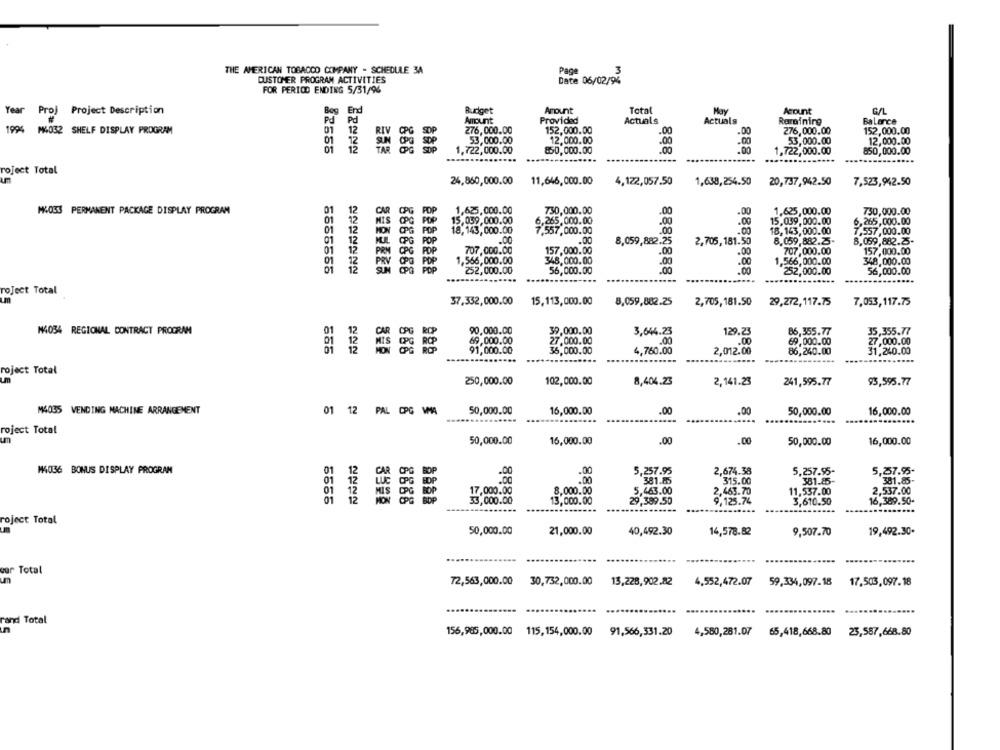
THE AMERICAN TOBACCO COMPANY - SCHEDULE 34
Page
.3
CUSTOMER PROGRAM ACTIVITIES
Date 06/02/94
FOR PERIOD ENDING 5/31/96
Year
Proj Project Description
Bog End
Budget
Amount
Total
Amount
Amount
Provided
Actuals
Actuals
Remaining
Balance
1994 M4032 SHELF DISPLAY PROGRAM
01
12
276,000.00
152,000.00
276,000.00
152,000.00
01
53,000.00
12,000.00
12,000.00
01
888
1.722,000.00
850,000.00
:00
:00
53,000.00
850,000.00
.....
1,722,000.00
roject Total
24,860,000.00
11,646,000.00
1,638,254.50
4,122,057.50
20,737,942.50
7,523,942.50
M4OSS PERMANENT PACKAGE DISPLAY PROGRAM
1,625,000.00
730,000.00
1.625,000.00
730,000.00
CPG
OPG
15,039,000.00
6.265,000.00
15,039,000.00
6,265,000.00
HON
18,143,000.00
7,557,000.00
.00
.00
18,143,000.00
7,557,000.00
POP
.00
8,059,882.25
2,705, 181.50
8.059,882.7-
8,059,882.25-
CPG POP
.00
PRM
. 707.000.00
157,000.00
707,000.00
OPG
348,000.00
.00
.00
1,566,000.00
348,000.00
POP
252,000.00
56,000.00
56,000.00
....
252,000.00
roJect Total
37,332,000.00
15,113,000.00
8,059,882.25
2,705, 181.50 29,272, 117.75
7,053,117.75
N4034 REGIONAL CONTRACT PROGRAM
01
12
39,000.00
3,644.23
129.23
35,355.77
12
86,355.77
RSS
27.000.00
.00
69,000.00
27,000.00
12
91,000.00
36,000.00
4,760.00
2,012.00
86,240.00
31,240.00
roject Total
um
250,000.00
102,000.00
8,404.23
2,141.23
241,595.77
93,595.77
M4035 VENDING MACHINE ARRANGEMENT
01 12
PAL CPG VMA
50,000.00
16,000.00
.00
.00
50,000.00
16,000.00
roject Total
um
50,000.00
16,000.00
.00
.. 00
50,000.00
16,000.00
M4036 BONUS DISPLAY PROGRAM
01
12
CPC
BOP
.00
.00
5,257.95
2,674.38
5.257.95-
5,257.95-
01
12
.00
315.00
381.85-
381.85-
12
01
17.000.00
8,000.00
5,463.00
2,463.70
11,537.00
2,537.00
01
12
33,000.00
13,000.00
29,389.50
9,125.74
3,610.50
16,389.50-
roject Total
50,000.00
21,000.00
40,492.30
14,578.82
9,507.70
19,492.30-
our Total
um
72,563,000.00 30,732,000.00
13,228,902.82
4,552,472.07
59,334,097.18
17.503,097.18
rand Total
4,580,281.07
156,985,000.00 115,154,000.00
91,566,331.20
65,418,668.80
23,587,668.80